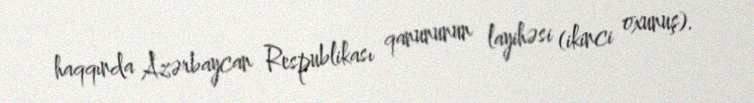
haqqında Azərbaycan Respublikası qanununun layihəsi (ikinci oxunuş).